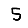
Digit: 5